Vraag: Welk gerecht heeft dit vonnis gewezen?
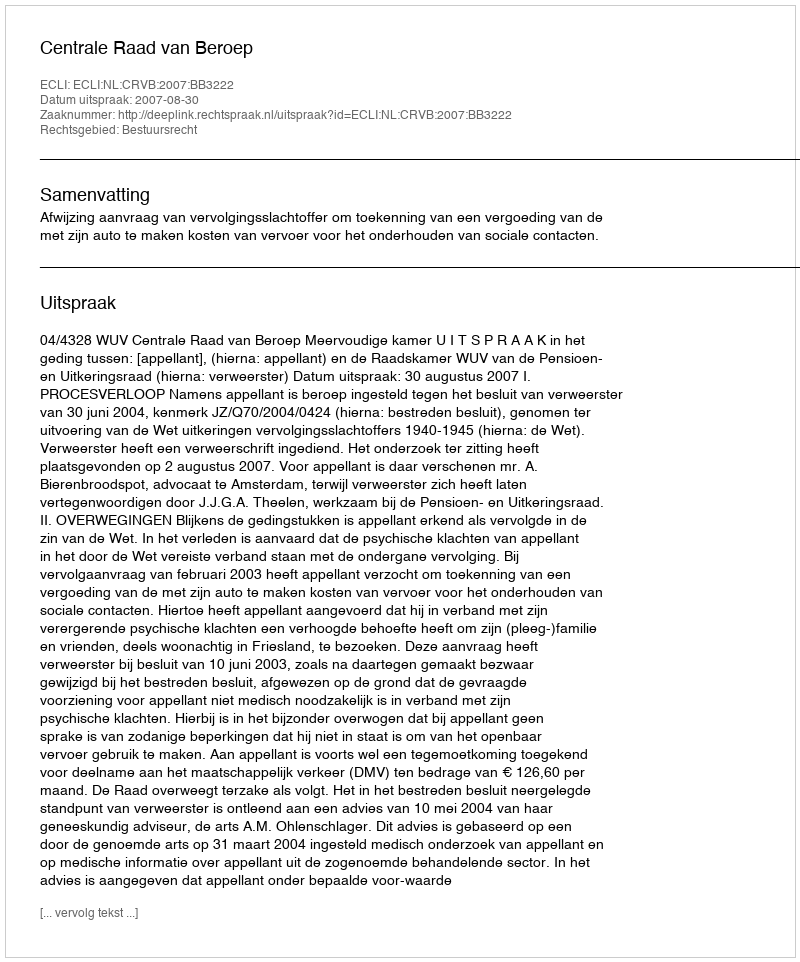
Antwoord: Centrale Raad van Beroep